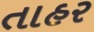
તાહર